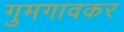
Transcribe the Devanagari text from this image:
गुमगावकर